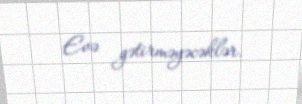
Evə gətirməyəcəklər.